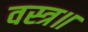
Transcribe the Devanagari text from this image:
वस्त्र॥